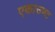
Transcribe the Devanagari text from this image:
एकाउण्ट